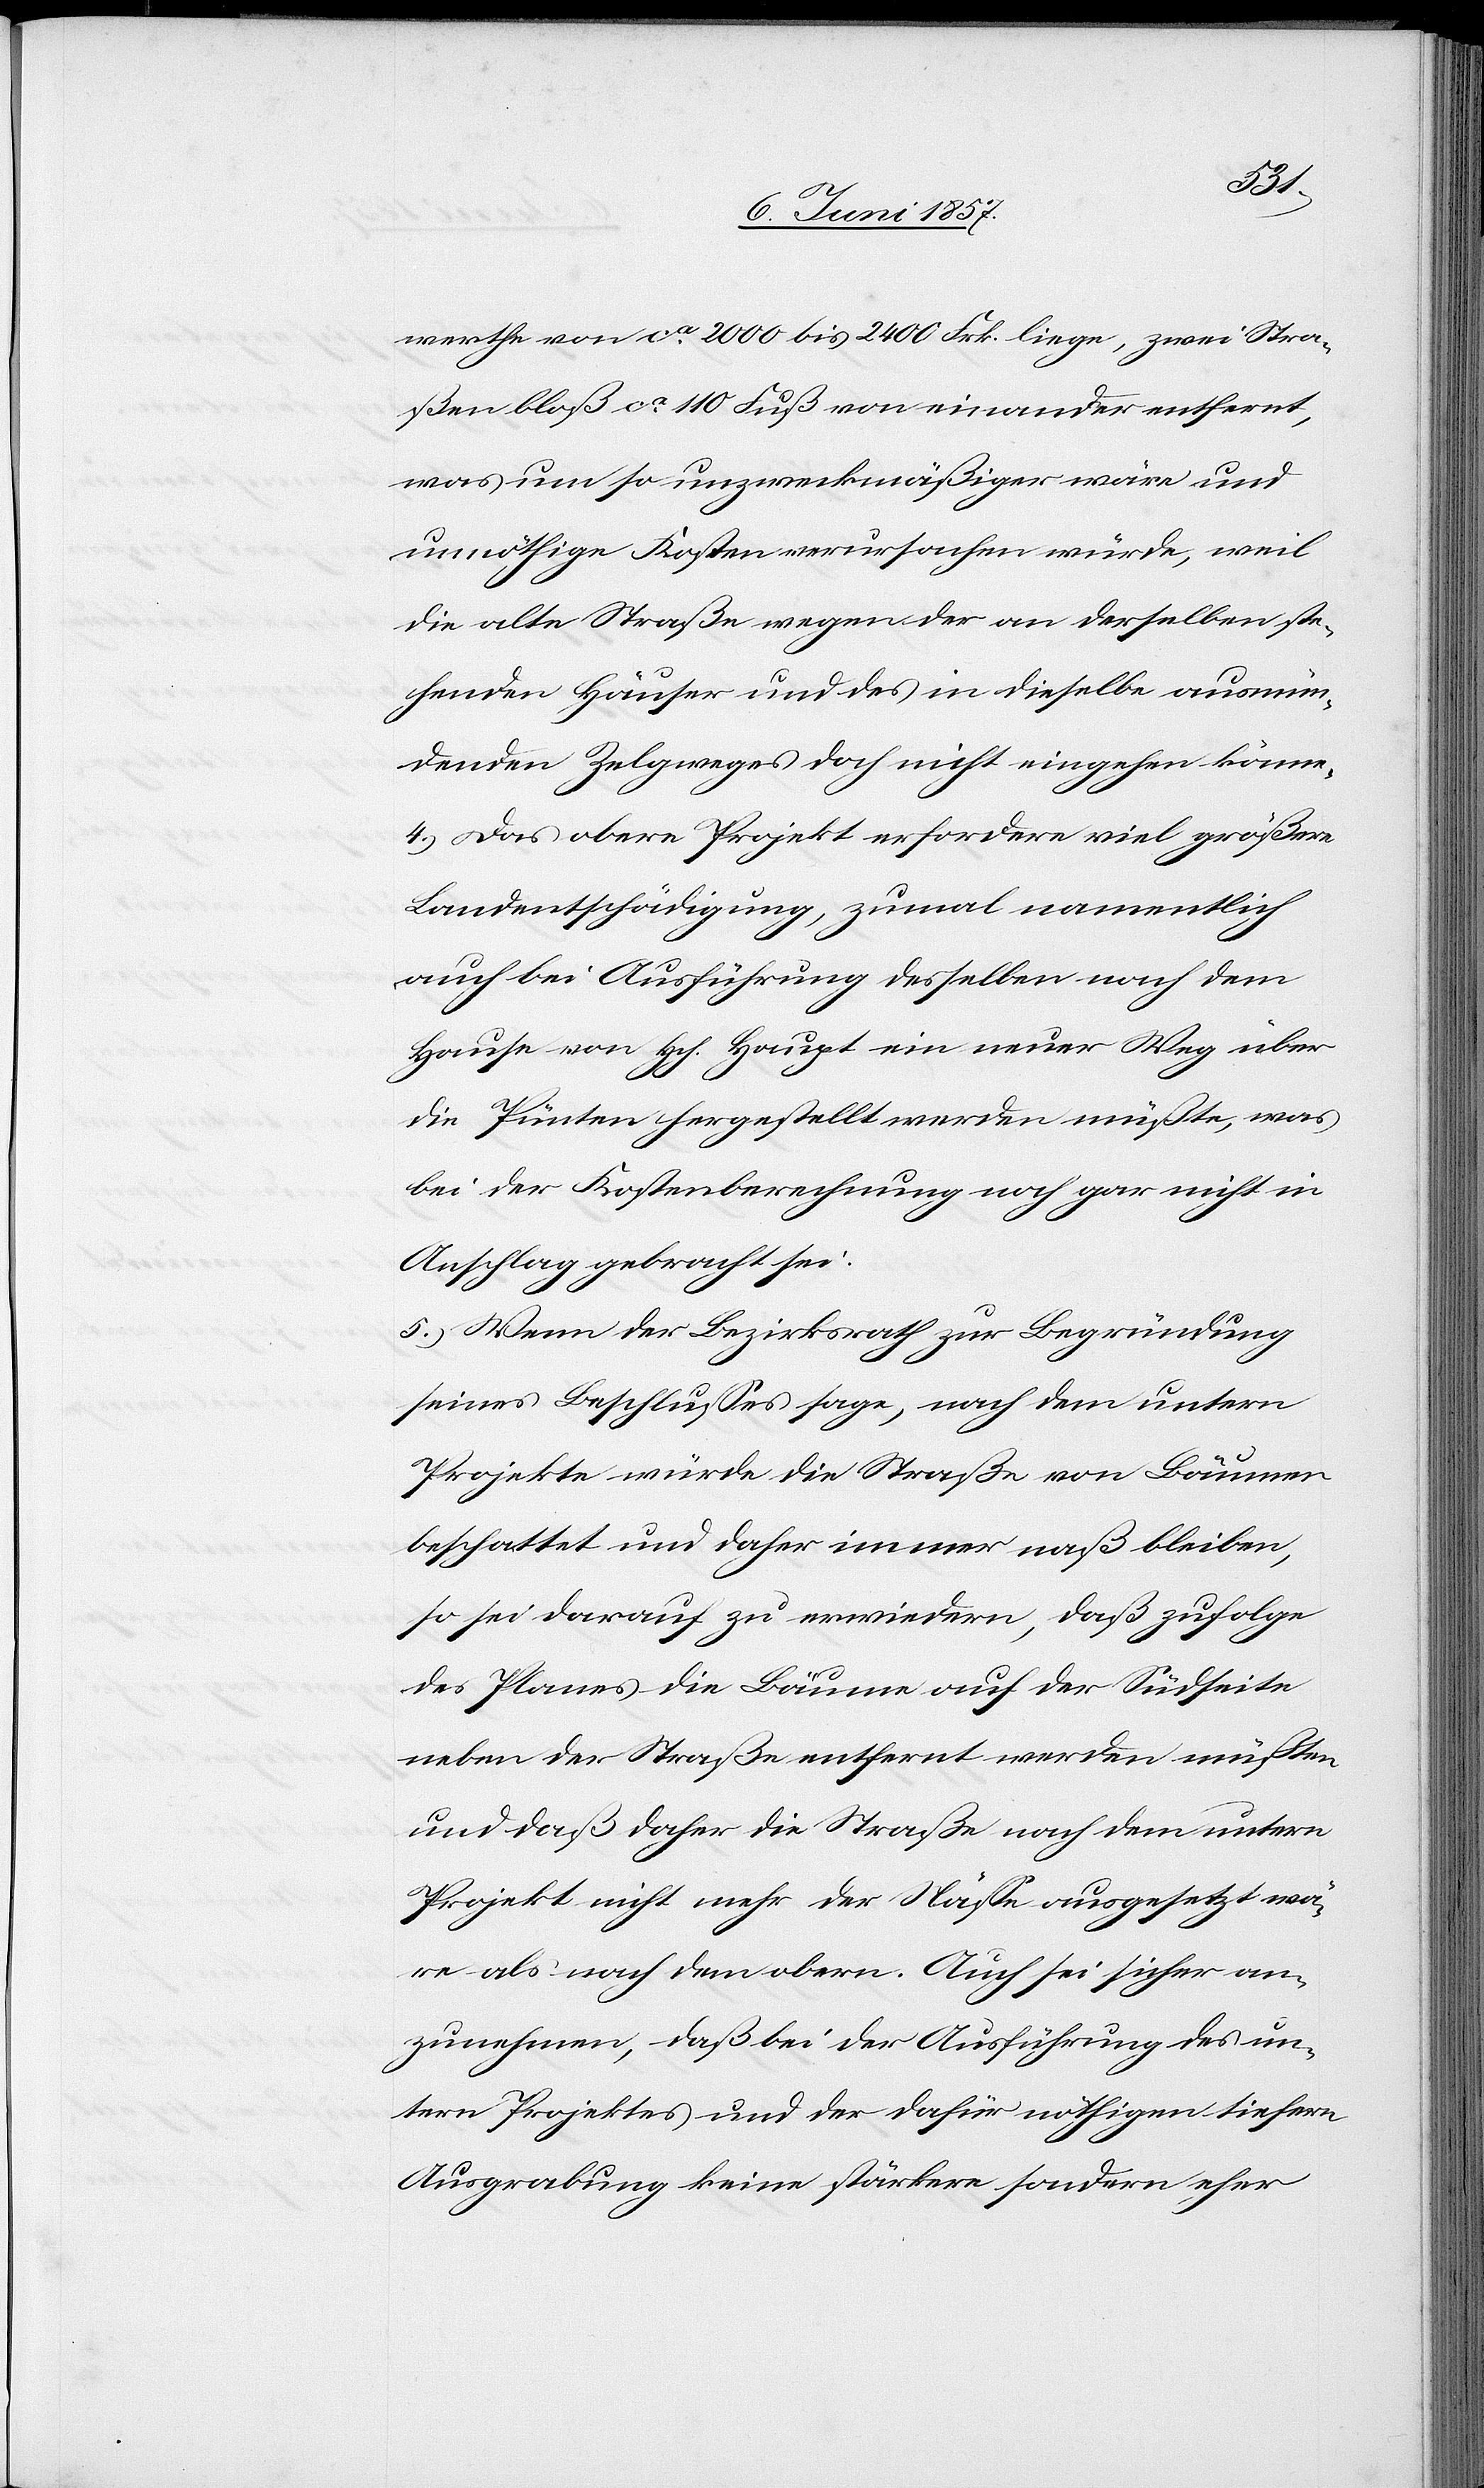
werthe von ca 2 000 bis 2 400 Frk. liege, zwei Stra¬
ßen bloß ca 110 Fuß von einander entfernt,
was um so unzweckmäßiger wäre und
unnöthige Kosten verursachen würde, weil
die alte Straße wegen der an derselben ste¬
henden Häuser und des in dieselbe ausmün¬
denden Zelgweges doch nicht eingehen könne.
4.) Das obere Projekt erfordere viel größere
Landentschädigung, zumal namentlich
auch bei Ausführung desselben nach dem
Hause von Hch. Haupt ein neuer Weg über
die Pünten hergestellt werden müßte, was
bei der Kostenberechnung noch gar nicht in
Anschlag gebracht sei.
5.) Wenn der Bezirksrath zur Begründung
seines Beschlusses sage, nach dem untern
Projekte würde die Straße von Bäumen
beschattet und daher immer naß bleiben,
so sei darauf zu erwiedern, daß zufolge
des Planes die Bäume auf der Südseite
neben der Straße entfernt werden müßten
und daß daher die Straße nach dem untern
Projekt nicht mehr der Näße ausgesetzt wä¬
re als nach dem obern. Auch sei sicher an¬
zunehmen, daß bei der Ausführung des un¬
tern Projektes und der dafür nöthigen tiefern
Ausgrabung keine stärkere sondern eher